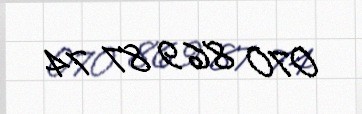
070 869 87 74